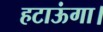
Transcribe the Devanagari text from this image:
हटाऊंगा।